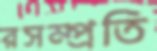
রসম্প্রতি